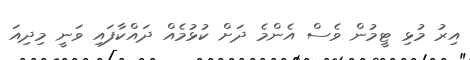
އިރު މުޅި ޓީމުން ވެސް އެންމެ ދަށް ކުޅުމެއް ދައްކާފައި ވަނީ މިދިއަ